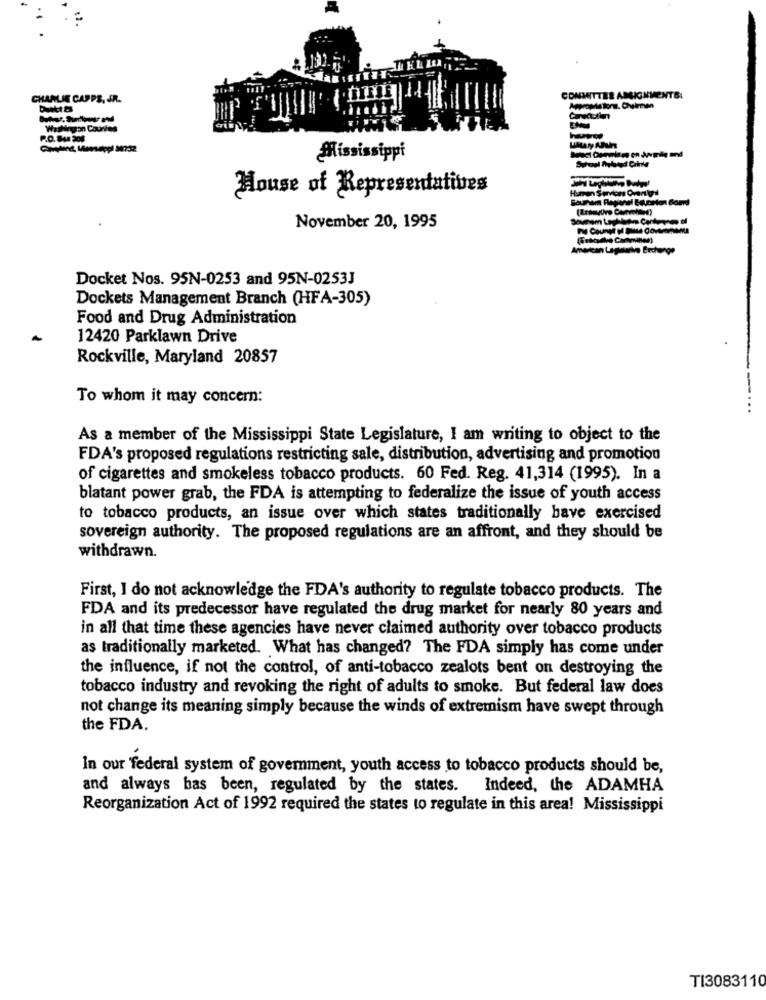
CHARLIE CAPPS, JR.
COMMITTEE ASSIGNMENTS:
P.O. San 208
Mississippi
House of Representatives
November 20, 1995
Docket Nos. 95N-0253 and 95N-0253J
Dockets Management Branch (HFA-305)
Food and Drug Administration
12420 Parklawn Drive
Rockville, Maryland 20857
To whom it may concern:
As a member of the Mississippi State Legislature, I am writing to object to the
FDA's proposed regulations restricting sale, distribution, advertising and promotion
of cigarettes and smokeless tobacco products. 60 Fed. Reg. 41,314 (1995). In a
blatant power grab, the FDA is attempting to federalize the issue of youth access
to tobacco products, an issue over which states traditionally bave exercised
sovereign authority. The proposed regulations are an affront, and they should be
withdrawn.
First, I do not acknowledge the FDA's authority to regulate tobacco products. The
FDA and its predecessor have regulated the drug market for nearly 80 years and
in all that time these agencies have never claimed authority over tobacco products
as traditionally marketed. What has changed? The FDA simply has come under
the influence, if not the control, of anti-tobacco zealots bent on destroying the
tobacco industry and revoking the right of adults to smoke. But federal law does
not change its meaning simply because the winds of extremism have swept through
the FDA.
In our federal system of government, youth access to tobacco products should be,
and always bas been, regulated by the states. Indeed, the ADAMHA
Reorganization Act of 1992 required the states to regulate in this area! Mississippi
TI3083110